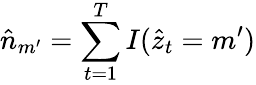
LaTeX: \hat{n}_{m^{\prime}}=\sum_{t=1}^{T}I(\hat{z}_{t}=m^{\prime})